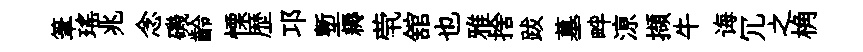
筆瑶兆念磯齡慄歴邛塹耨茕舘也雅捨跋墓畔鿌擷牛诲冗之桷